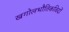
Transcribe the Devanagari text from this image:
खगोलभौतिकविदों